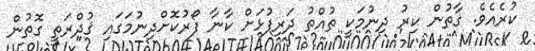
ކުރެއެވެ. ގާތުން ކިރު ދިނުމަކީ ތުއްތު ދަރިފުޅަށް ކާނާ ފޯރުކޮށްދިނުމަގައި ޤުދްރަތީ ގޮތުން